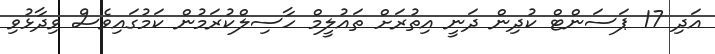
އަދި 17 ޕަސަންޓް ކުދިން ދަނީ އިތުރަށް ތައުލީމް ހާސިލްކުރަމުން ކަމުގައިވެސް ވިދާޅުވި